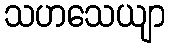
သဟသေယျာ